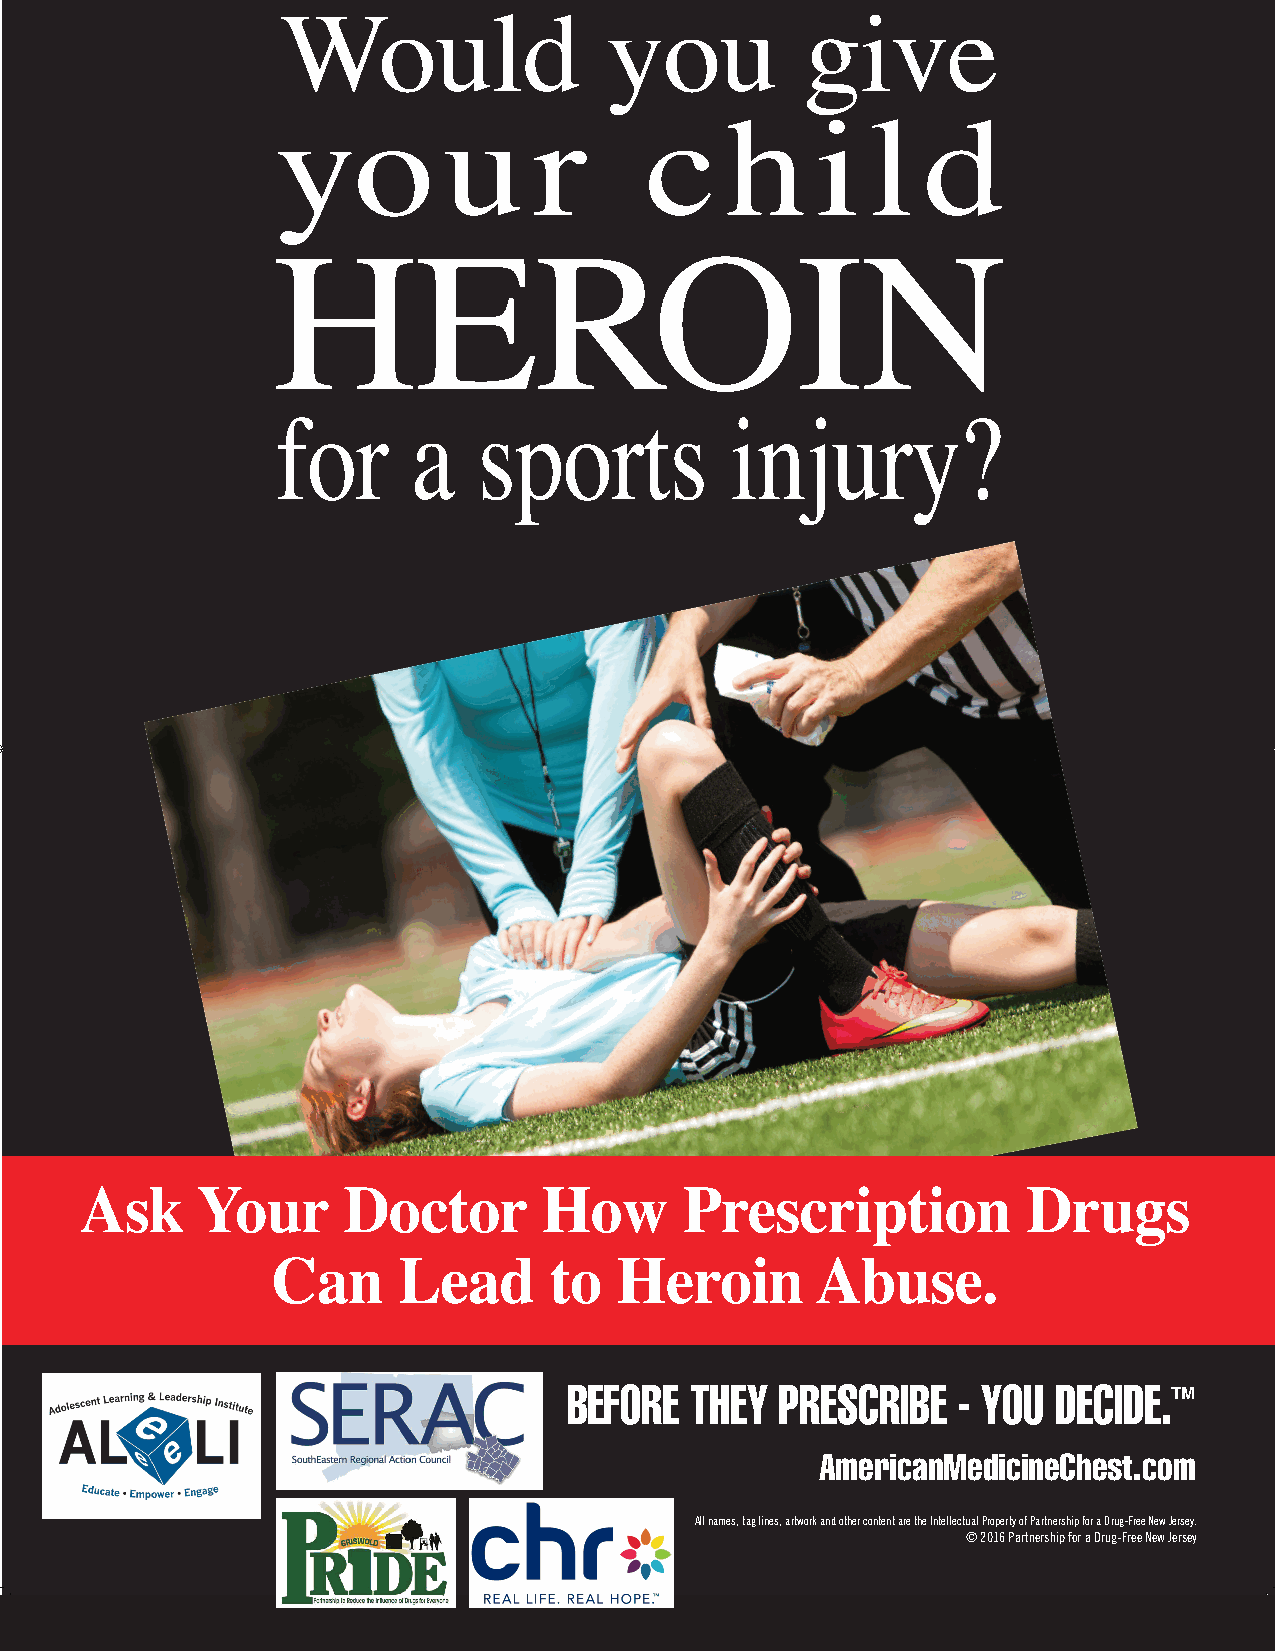
Would                you          give
 yo         u     r       c    h     i   l  d
 HEROIN
 for      a    sports          injury?
 Ask     Your      Doctor       How      Prescription           Drugs
 Can     Lead      to   Heroin       Abuse.
 BEFORE  THEY  PRESCRIBE  - YOU  DECIDE.
 TM
 AmericanMedicineChest.com
 All names, tag lines, artwork and other content are the Intellectual Property of Partnership for a Drug-Free New Jersey.
 © 2016 Partnership for a Drug-Free New Jersey